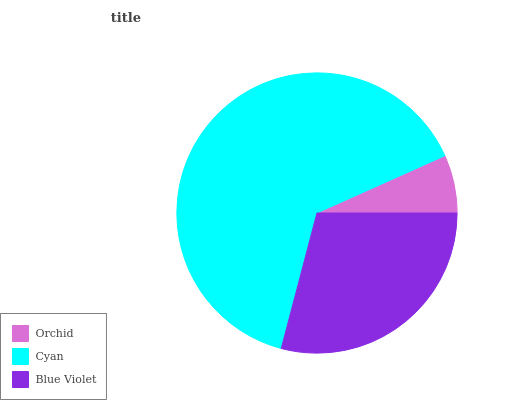
| Orchid | Cyan | Blue Violet |
 | --- | --- | --- |
 | 6.7% | 64.2% | 29.1% |